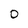
Character: 0